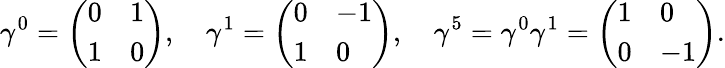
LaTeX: \gamma^{0}=\left(\begin{array}{ll}{{0}}&{{1}}\\ {{1}}&{{0}}\end{array}\right),\quad\gamma^{1}=\left(\begin{array}{ll}{{0}}&{{-1}}\\ {{1}}&{{0}}\end{array}\right),\quad\gamma^{5}=\gamma^{0}\gamma^{1}=\left(\begin{array}{ll}{{1}}&{{0}}\\ {{0}}&{{-1}}\end{array}\right).